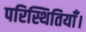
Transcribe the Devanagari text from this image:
परिस्थितियाँ।